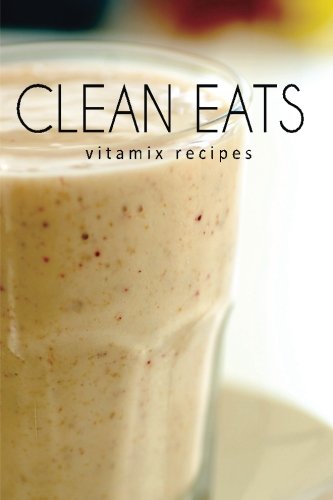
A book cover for Vitamix Recipes (Clean Eats ); Samantha Evans; Cookbooks, Food & Wine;